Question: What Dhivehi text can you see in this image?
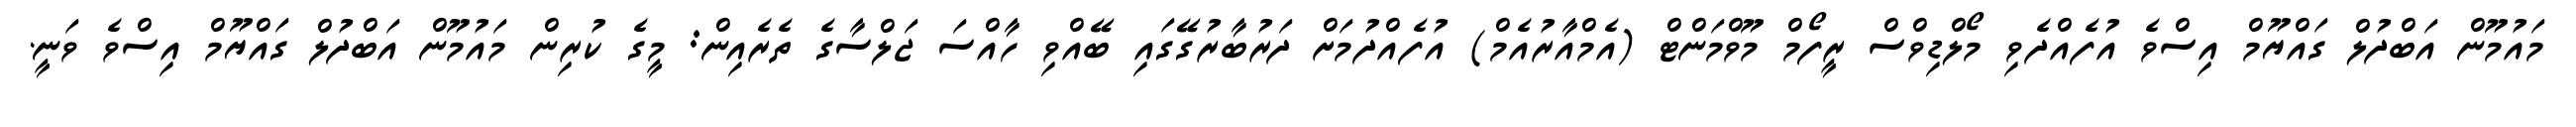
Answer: މައުމޫން އަބްދުލް ގައްޔޫމް އިސްވެ އުފެއްދެވި މޯލްޑިވްސް ރީފޯމް މޫވްމަންޓް (އެމްއާރުއެމް) އުފެއްދުމަށް ދަރުބާރުގޭގައި ބޭއްވި ހާއްސަ ޖަލްސާގެ ތެރެއިން: މީގެ ކުރިން މައުމޫން އަބްދުލް ގައްޔޫމް އިސްވެ ވަނީ.